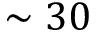
\sim 3 0